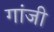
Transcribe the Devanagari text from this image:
गांजी